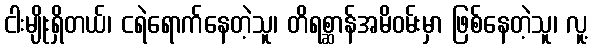
ငါးမျိုးရှိတယ်၊ ငရဲရောက်နေတဲ့သူ၊ တိရစ္ဆာန်အမိဝမ်းမှာ ဖြစ်နေတဲ့သူ၊ လူ့